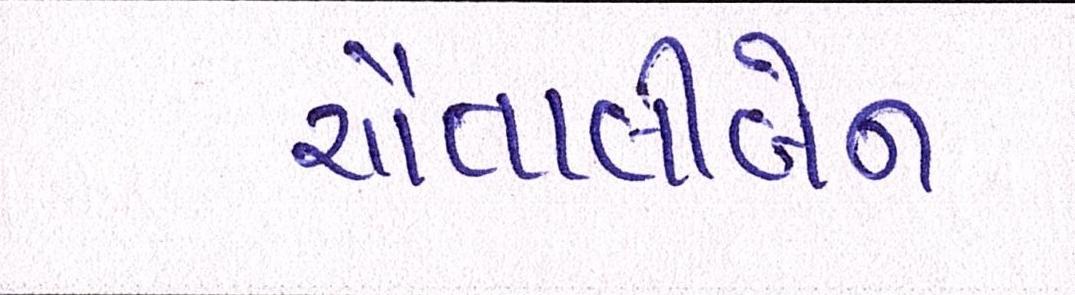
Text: ચૈતાલીબેન